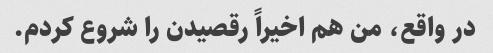
در واقع، من هم اخیراً رقصیدن را شروع کردم.